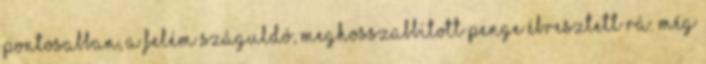
pontosabban, a felém száguldó, meghosszabbított penge ébresztett rá. Még